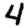
Digit: 4